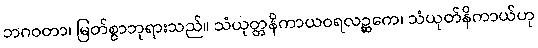
ဘဂဝတာ၊ မြတ်စွာဘုရားသည်။ သံယုတ္တနိကာယဝရလဉ္ဆကေ၊ သံယုတ်နိကာယ်ဟု